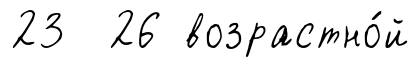
23 26 возрастно́й